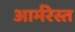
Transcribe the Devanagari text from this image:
आर्मरेस्त